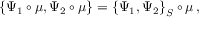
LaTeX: \left\{ \Psi _ { 1 } \circ \mu , \Psi _ { 2 } \circ \mu \right\} = \left\{ \Psi _ { 1 } , \Psi _ { 2 } \right\} _ { S } \circ \mu \, ,